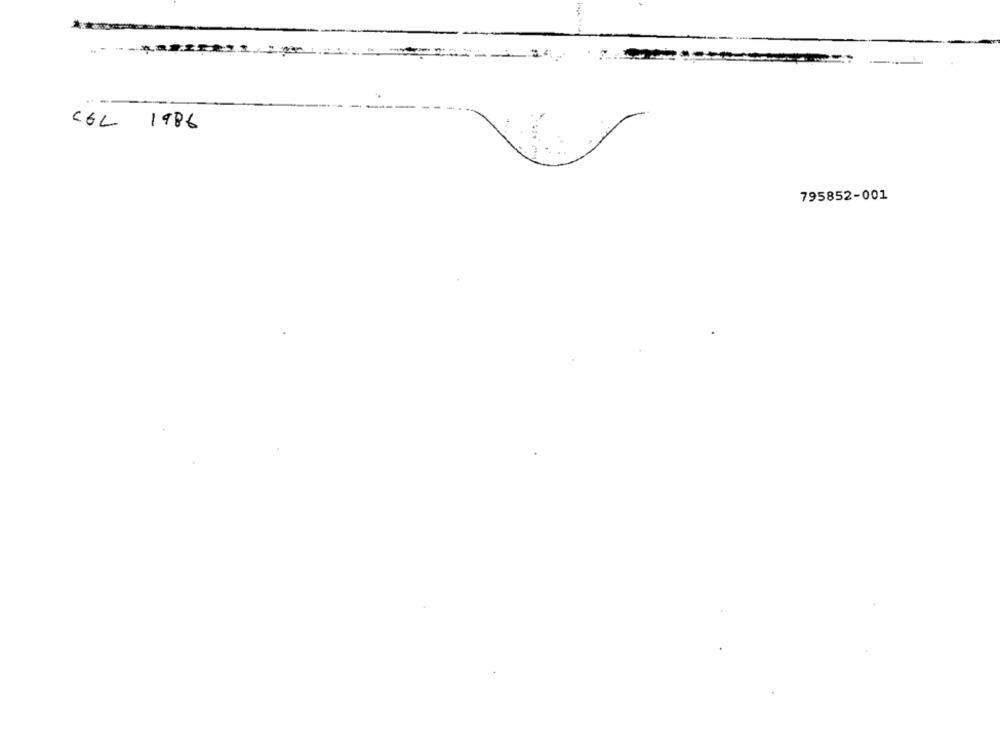
COL 1986
795852-001